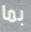
بما